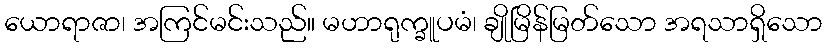
ယောရာဇာ၊ အကြင်မင်းသည်။ မဟာရုက္ခူပမံ၊ ချိုမြိန်မြတ်သော အရသာရှိသော